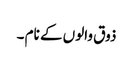
ذوق والوں کے نام ۔